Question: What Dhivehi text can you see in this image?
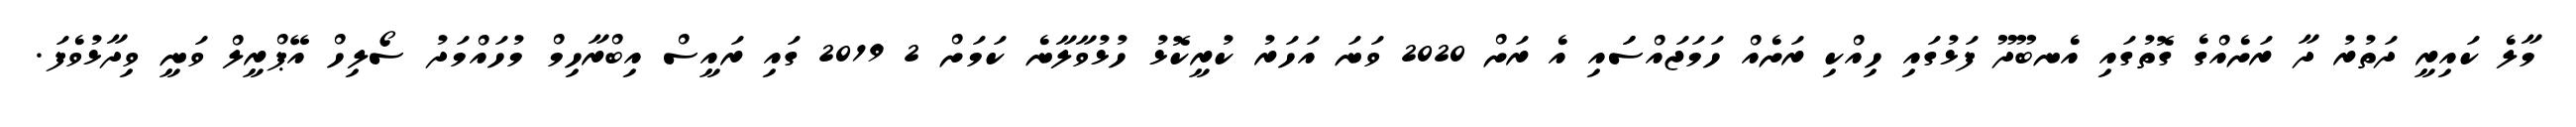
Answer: މާލެ ކައިރީ ދަތުރު ދާ ރަށެއްގެ ގޮތުގައި އެނބޫދޫ ފަޅުގައި ހިއްކި ރަށެއް ހަމަޖައްސަައި އެ ރަށް 2020 ވަނަ އަހަރު ކުރީކޮޅު ހުޅުވާލާނެ ކަމަށް 2 2019 ގައި ރައީސް އިބްރާހިމް މުހައްމަދު ސޯލިހް އޭޕްރީލް ވަނީ ވިދާޅުވެފަ.